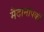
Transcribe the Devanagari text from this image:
मैदानांपकी